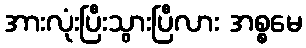
အားလုံးပြီးသွားပြီလား အစ္စမေ